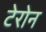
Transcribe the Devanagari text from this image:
टेरोन